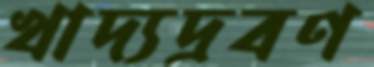
খাদ্যদ্রবণ